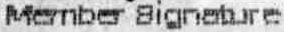
MEMBER SIGNATURE